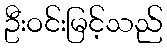
ဦးဝင်းမြင့်သည်